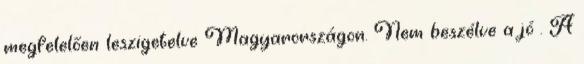
megfelelően leszigetelve Magyarországon. Nem beszélve a jó . A